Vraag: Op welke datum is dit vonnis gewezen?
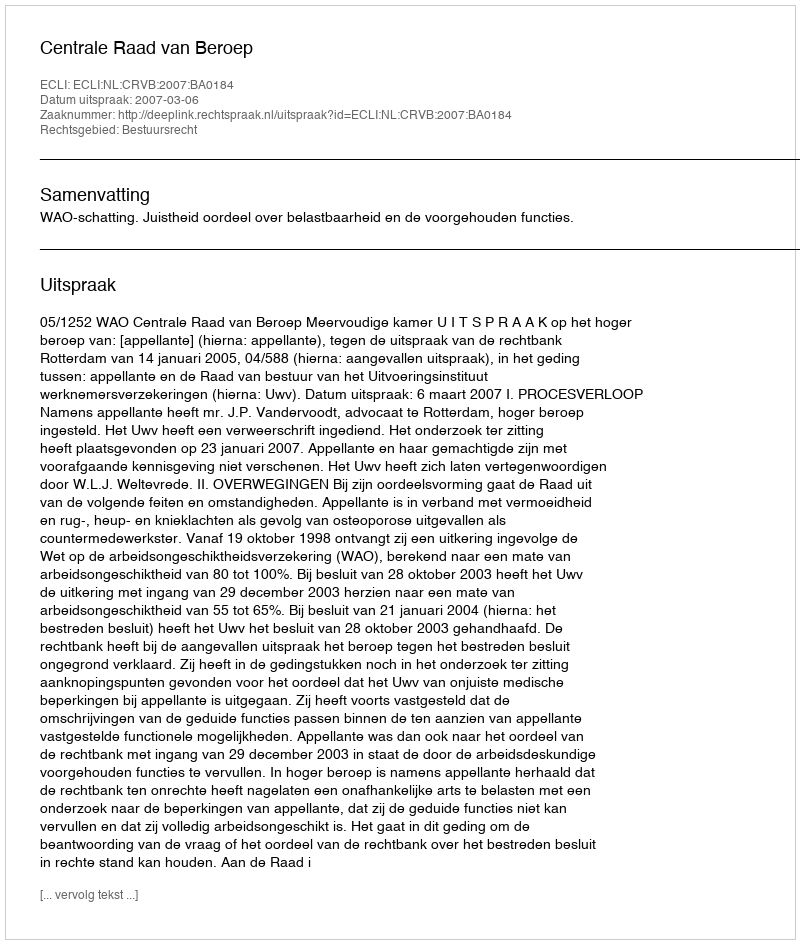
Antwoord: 2007-03-06